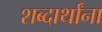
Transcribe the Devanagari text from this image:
शब्दार्थांना